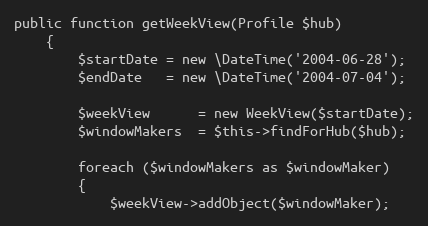
Language: PHP
public function getWeekView(Profile $hub)
    {
        $startDate = new \DateTime('2004-06-28');
        $endDate   = new \DateTime('2004-07-04');

        $weekView      = new WeekView($startDate);
        $windowMakers  = $this->findForHub($hub);

        foreach ($windowMakers as $windowMaker)
        {
            $weekView->addObject($windowMaker);